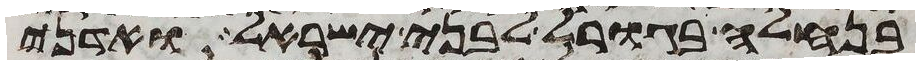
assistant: בנחלה בגורל לבני ישראל ואדני